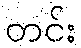
တင်း